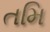
તમિ